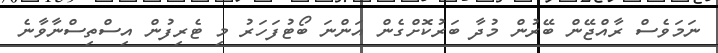
ނަމަވެސް ރާއްޖޭން ބޭރުން މުދާ ބަރުކޮށްގެން އަންނަ ބޯޓުފަހަރު މި ޓެރިފުން އިސްތިސްނާވާނެ